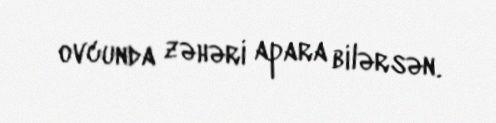
ovcunda zəhəri apara bilərsən.